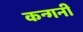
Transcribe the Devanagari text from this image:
कन्गनी